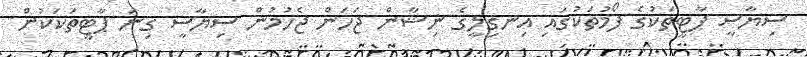
ސިޔާސީ ޕާޓީތަކުގެ ފޯމުތަކުގައި އިނގިލީގެ ނިޝާން ޖަހަން ޖެހުމުން ސިޔާސީ ގިނަ ޕާޓީތަކަކުން